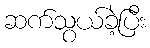
ဆက်သွယ်ခဲ့ပြီး